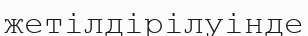
жетілдірілуінде